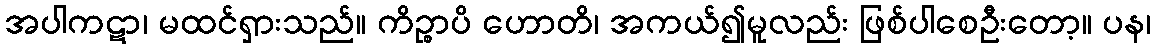
အပါကဋာ၊ မထင်ရှားသည်။ ကိဉ္စာပိ ဟောတိ၊ အကယ်၍မူလည်း ဖြစ်ပါစေဦးတော့။ ပန၊